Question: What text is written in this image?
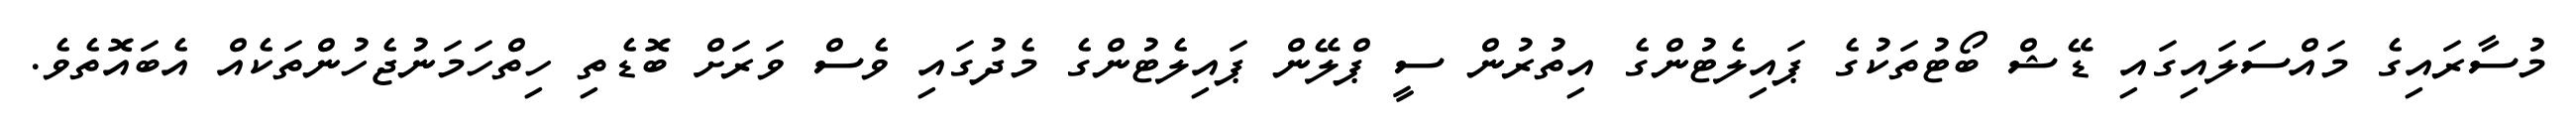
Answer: މުސާރައިގެ މައްސަލައިގައި ޑޭޝް ބޯޓުތަކުގެ ޕައިލެޓުންގެ އިތުރުން ސީ ޕްލޭން ޕައިލެޓުންގެ މެދުގައި ވެސް ވަރަށް ބޮޑެތި ހިތްހަމަނުޖެހުންތަކެއް އެބައޮތެވެ.